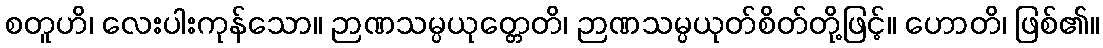
စတူဟိ၊ လေးပါးကုန်သော။ ဉာဏသမ္ပယုတ္တေတိ၊ ဉာဏသမ္ပယုတ်စိတ်တို့ဖြင့်။ ဟောတိ၊ ဖြစ်၏။